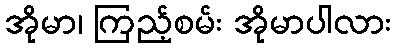
အိုမာ၊ ကြည့်စမ်း အိုမာပါလား